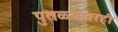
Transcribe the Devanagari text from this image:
पुतळ्यावरही